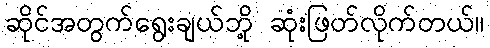
ဆိုင်အတွက်ရွေးချယ်ဘို့ ဆုံးဖြတ်လိုက်တယ်။